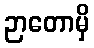
ဉာတောမှိ